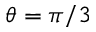
\theta = \pi / 3